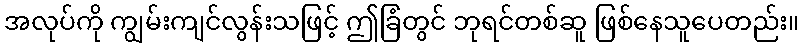
အလုပ်ကို ကျွမ်းကျင်လွန်းသဖြင့် ဤခြံတွင် ဘုရင်တစ်ဆူ ဖြစ်နေသူပေတည်း။